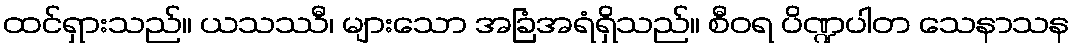
ထင်ရှားသည်။ ယသဿီ၊ များသော အခြံအရံရှိသည်။ စီဝရ ပိဏ္ဍပါတ သေနာသန